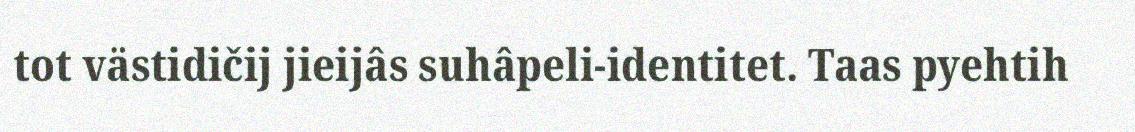
tot västidičij jieijâs suhâpeli-identitet. Taas pyehtih